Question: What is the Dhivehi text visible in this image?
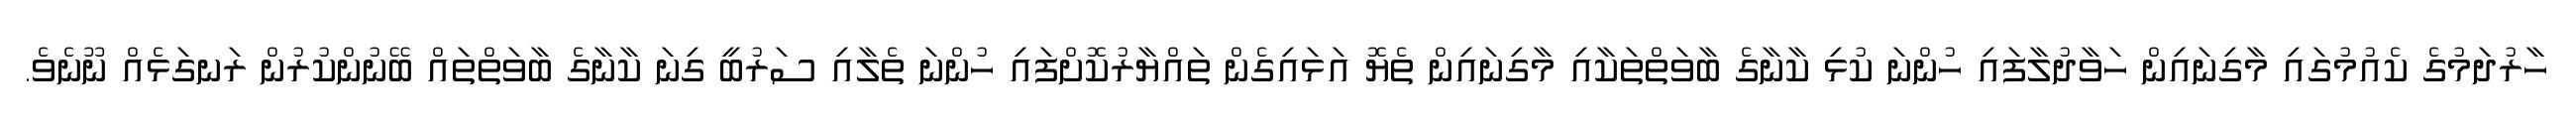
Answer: ހާރުދަމުގެ ކެއުމުގައި މާގިނައިން ހަވާދުލާފައި ހުންނަ ކުޅި ކާނާގެ ބާވަތްތަކާއި މާގިނައިން ތެޔޮ އަޅައިގެން ތައްޔާރުކޮށްފައި ހުންނަ ތެލާއި ސަރުބީ ގިނަ ކާނާގެ ބާވަތްތައް ބޭނުންކުރުން ރަނގަޅެއް ނޫނެވެ.